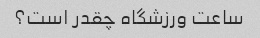
ساعت ورزشگاه چقدر است؟